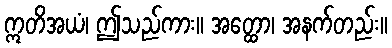
ဣတိအယံ၊ ဤသည်ကား။ အတ္ထော၊ အနက်တည်း။